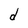
Character: d